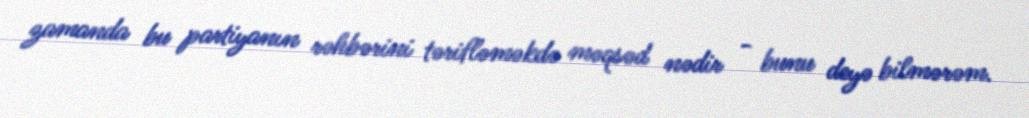
zamanda bu partiyanın rəhbərini tərifləməkdə məqsəd nədir - bunu deyə bilmərəm.